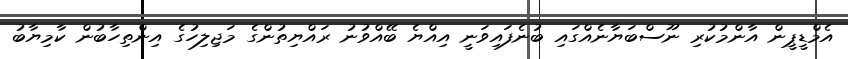
އެމްޑީޕީން އާންމުކުރި ނޫސްބަޔާނެއްގައި ބުނެފައިވަނީ އިއްޔެ ބޭއްވުނު ރައްޔިތުންގެ މަޖިލިހުގެ އިންތިހާބުން ކާމިޔާބު